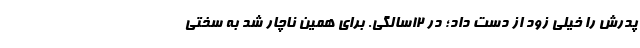
پدرش را خیلی زود از دست داد؛ در ۱۲سالگی. برای همین ناچار شد به سختی